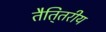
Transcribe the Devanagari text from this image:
तैति्तरीय